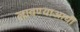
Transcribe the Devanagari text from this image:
लावण्‍याआधी